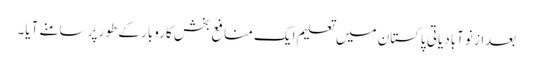
بعداز نوآبادیاتی پاکستان میں تعلیم ایک منافع بخش کاروبار کے طور پر سامنے آیا۔